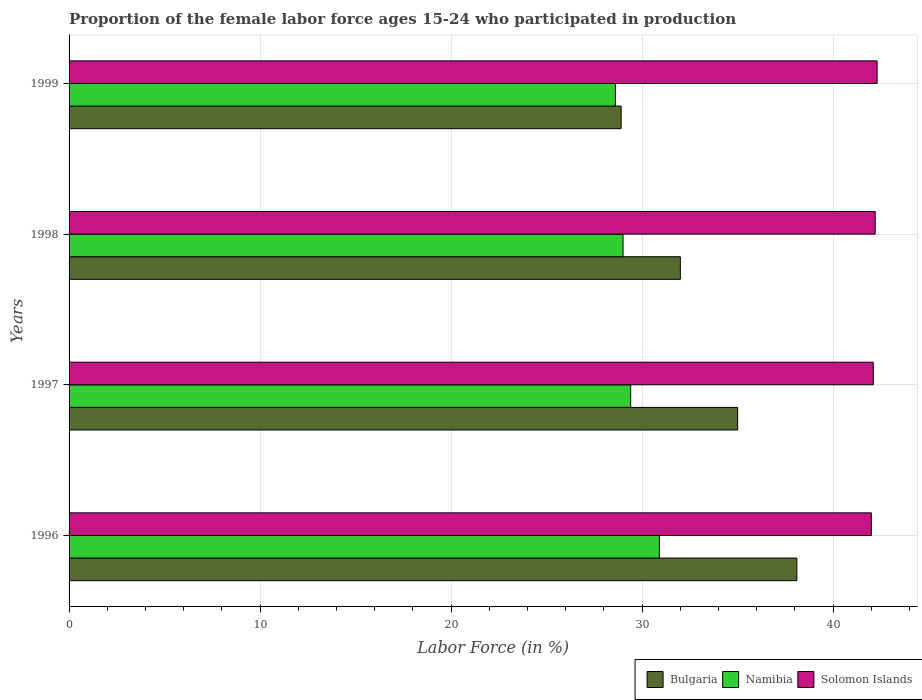
| Years | Bulgaria | Namibia | Solomon Islands |
 | --- | --- | --- | --- |
 | 1996 | 38.1 | 30.9 | 42 |
 | 1997 | 35 | 29.4 | 42.1 |
 | 1998 | 32 | 29 | 42.2 |
 | 1999 | 28.9 | 28.6 | 42.3 |